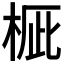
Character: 𣒽